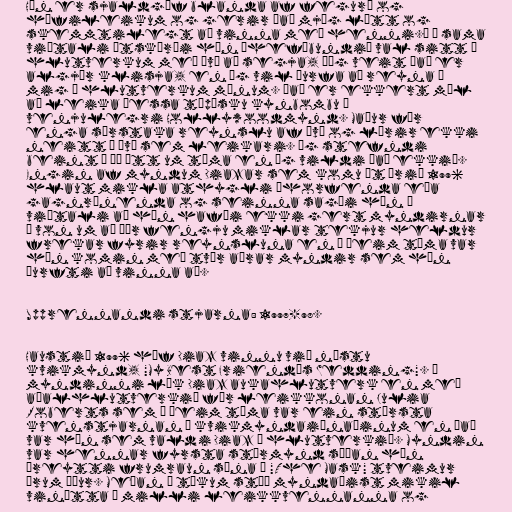
Hún er sjaldgæf blanda af fegurð og
hæfileikum og gerir það mjög létt og
skemmtilegt að vinna með henni.“ Í sama
viðtali útskýrði hún óhefðbundið val sitt á
hlutverkum með því að segja, „Ég veit það er
algjör klisja, en ég vil þurfa að reyna á
mig í hlutverkum mínum. Það er ekkert mál
að leika þessa týpísku kynbombu í
venjulegri Hollywoodmynd. Maður fær
enga sérstaka reynslu af því og lærir ekki
neitt á því sem leikari. Ég stefndi
beint í þá átt um tíma en ég vildi það ekki“.
Engin af myndum Diazar sem komu út árið 1996
hlaut mikla athygli áhorfenda eða
gagnrýnenda og seinna sagði hún í
viðtali að hún hafði ekki gert myndirnar
í von um að þær fengju miklar tekjur heldur
frekar fyrir reynsluna en á þeim tíma var
hún komin með tvær aðrar myndir sem hún
þurfti að vinna að.

Upprennandi stjarna: 1997-98.

Haustið 1996 hóf Diaz vinnu við næstu
kvikmynd, "My Best Friend's Wedding". Í
myndinni lék Diaz aukahlutverk en með
aðalhlutverkið fór leikkonan Julia
Roberts sem á þeim tíma var ein stærsta
kvenstjarnan í kvikmyndaiðnaðinum en það
var hún sem valdi Diaz í hlutverkið. Myndin
var hennar fyrsta stórmynd síðan hún
þreytti frumraun sína í "The Mask" tveimur
árum áður. Meðan á tökum stóð myndaðist mikil
vinátta á milli leikkvennanna og